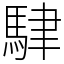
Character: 䮇